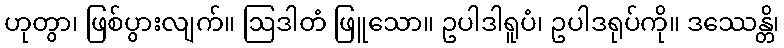
ဟုတွာ၊ ဖြစ်ပွားလျက်။ ဩဒါတံ ဖြူသော။ ဥပါဒါရူပံ၊ ဥပါဒရုပ်ကို။ ဒဿေန္တိ၊